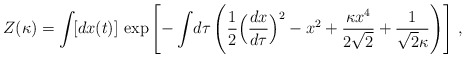
\begin{align*}Z(\kappa) = \int\! [dx(t)]\, \exp\left[ -\int\! d\tau\, \Biggl({1\over 2} \Bigl({dx\over d\tau}\Bigr)^{2} - x^{2} + {\kappa x^{4}\over 2\sqrt{2}} + {1\over\sqrt{2}\kappa} \Biggr) \right]\, ,\end{align*}